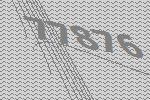
77876